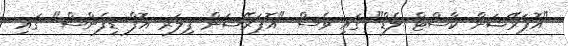
"އޮޕަރޭޝަން ކާސްޓް ލެޑް" ގައި ވެސް "އޮޕަރޭޝަން ޕިލަރ އޮފް ޑިފެންސް" ގައި